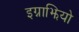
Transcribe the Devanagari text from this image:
इग्नाझियो